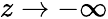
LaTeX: z\rightarrow-\infty